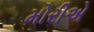
મોરીએ